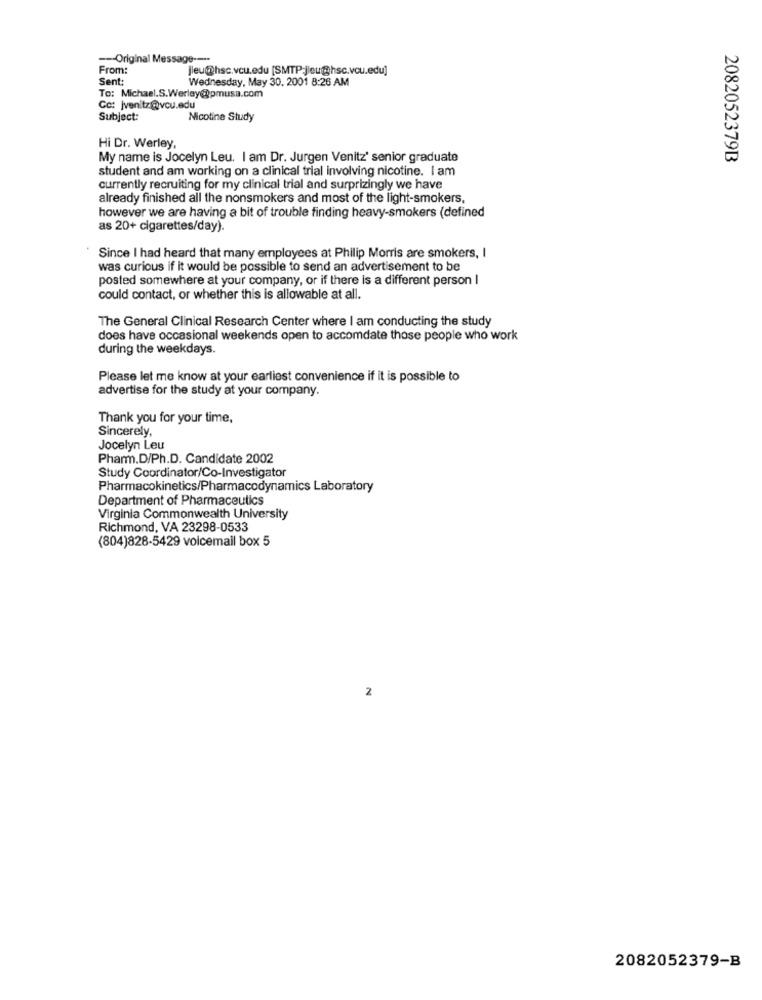
--- Original Message ----
From:
jeu@@hsc.vcu.edu [SMTP-jleug@hsc.vou.edu]
Sent:
Wednesday, May 30, 2001 8:26 AM
To: Michael.S.Werley@pmusa.com
Co: jvenitz@vou.edu
Subject:
Nicotine Study
Hi Dr. Werley,
My name is Jocelyn Leu. I am Dr. Jurgen Venitz' senior graduate
2082052379B
student and am working on a clinical trial involving nicotine. I am
currently recruiting for my clinical trial and surprizingly we have
already finished all the nonsmokers and most of the light-smokers,
however we are having a bit of trouble finding heavy-smokers (defined
as 20+ cigarettes/day).
Since I had heard that many employees at Philip Morris are smokers, I
was curious if it would be possible to send an advertisement to be
posted somewhere at your company, or if there is a different person I
could contact, or whether this is allowable at all.
The General Clinical Research Center where I am conducting the study
does have occasional weekends open to accomdate those people who work
during the weekdays.
Please let me know at your earliest convenience if it is possible to
advertise for the study at your company.
Thank you for your time,
Sincerely,
Jocelyn Leu
Pharm.D/Ph.D. Candidate 2002
Study Coordinator/Co-Investigator
Pharmacokinetics/Pharmacodynamics Laboratory
Department of Pharmaceutics
Virginia Commonwealth University
Richmond, VA 23298-0533
(804)828-5429 voicemail box 5
2
2082052379-B